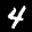
Label: 4